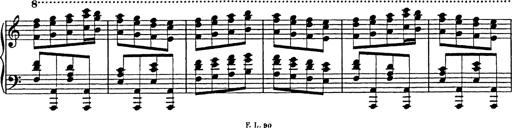
Title: Galop in A minor
Composer: Franz Liszt
Key: A minor